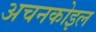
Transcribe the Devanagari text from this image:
अचनकोइल